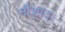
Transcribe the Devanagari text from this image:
नौशाद।